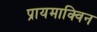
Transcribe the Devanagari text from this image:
प्रायमाक्विन